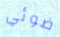
ضوئي